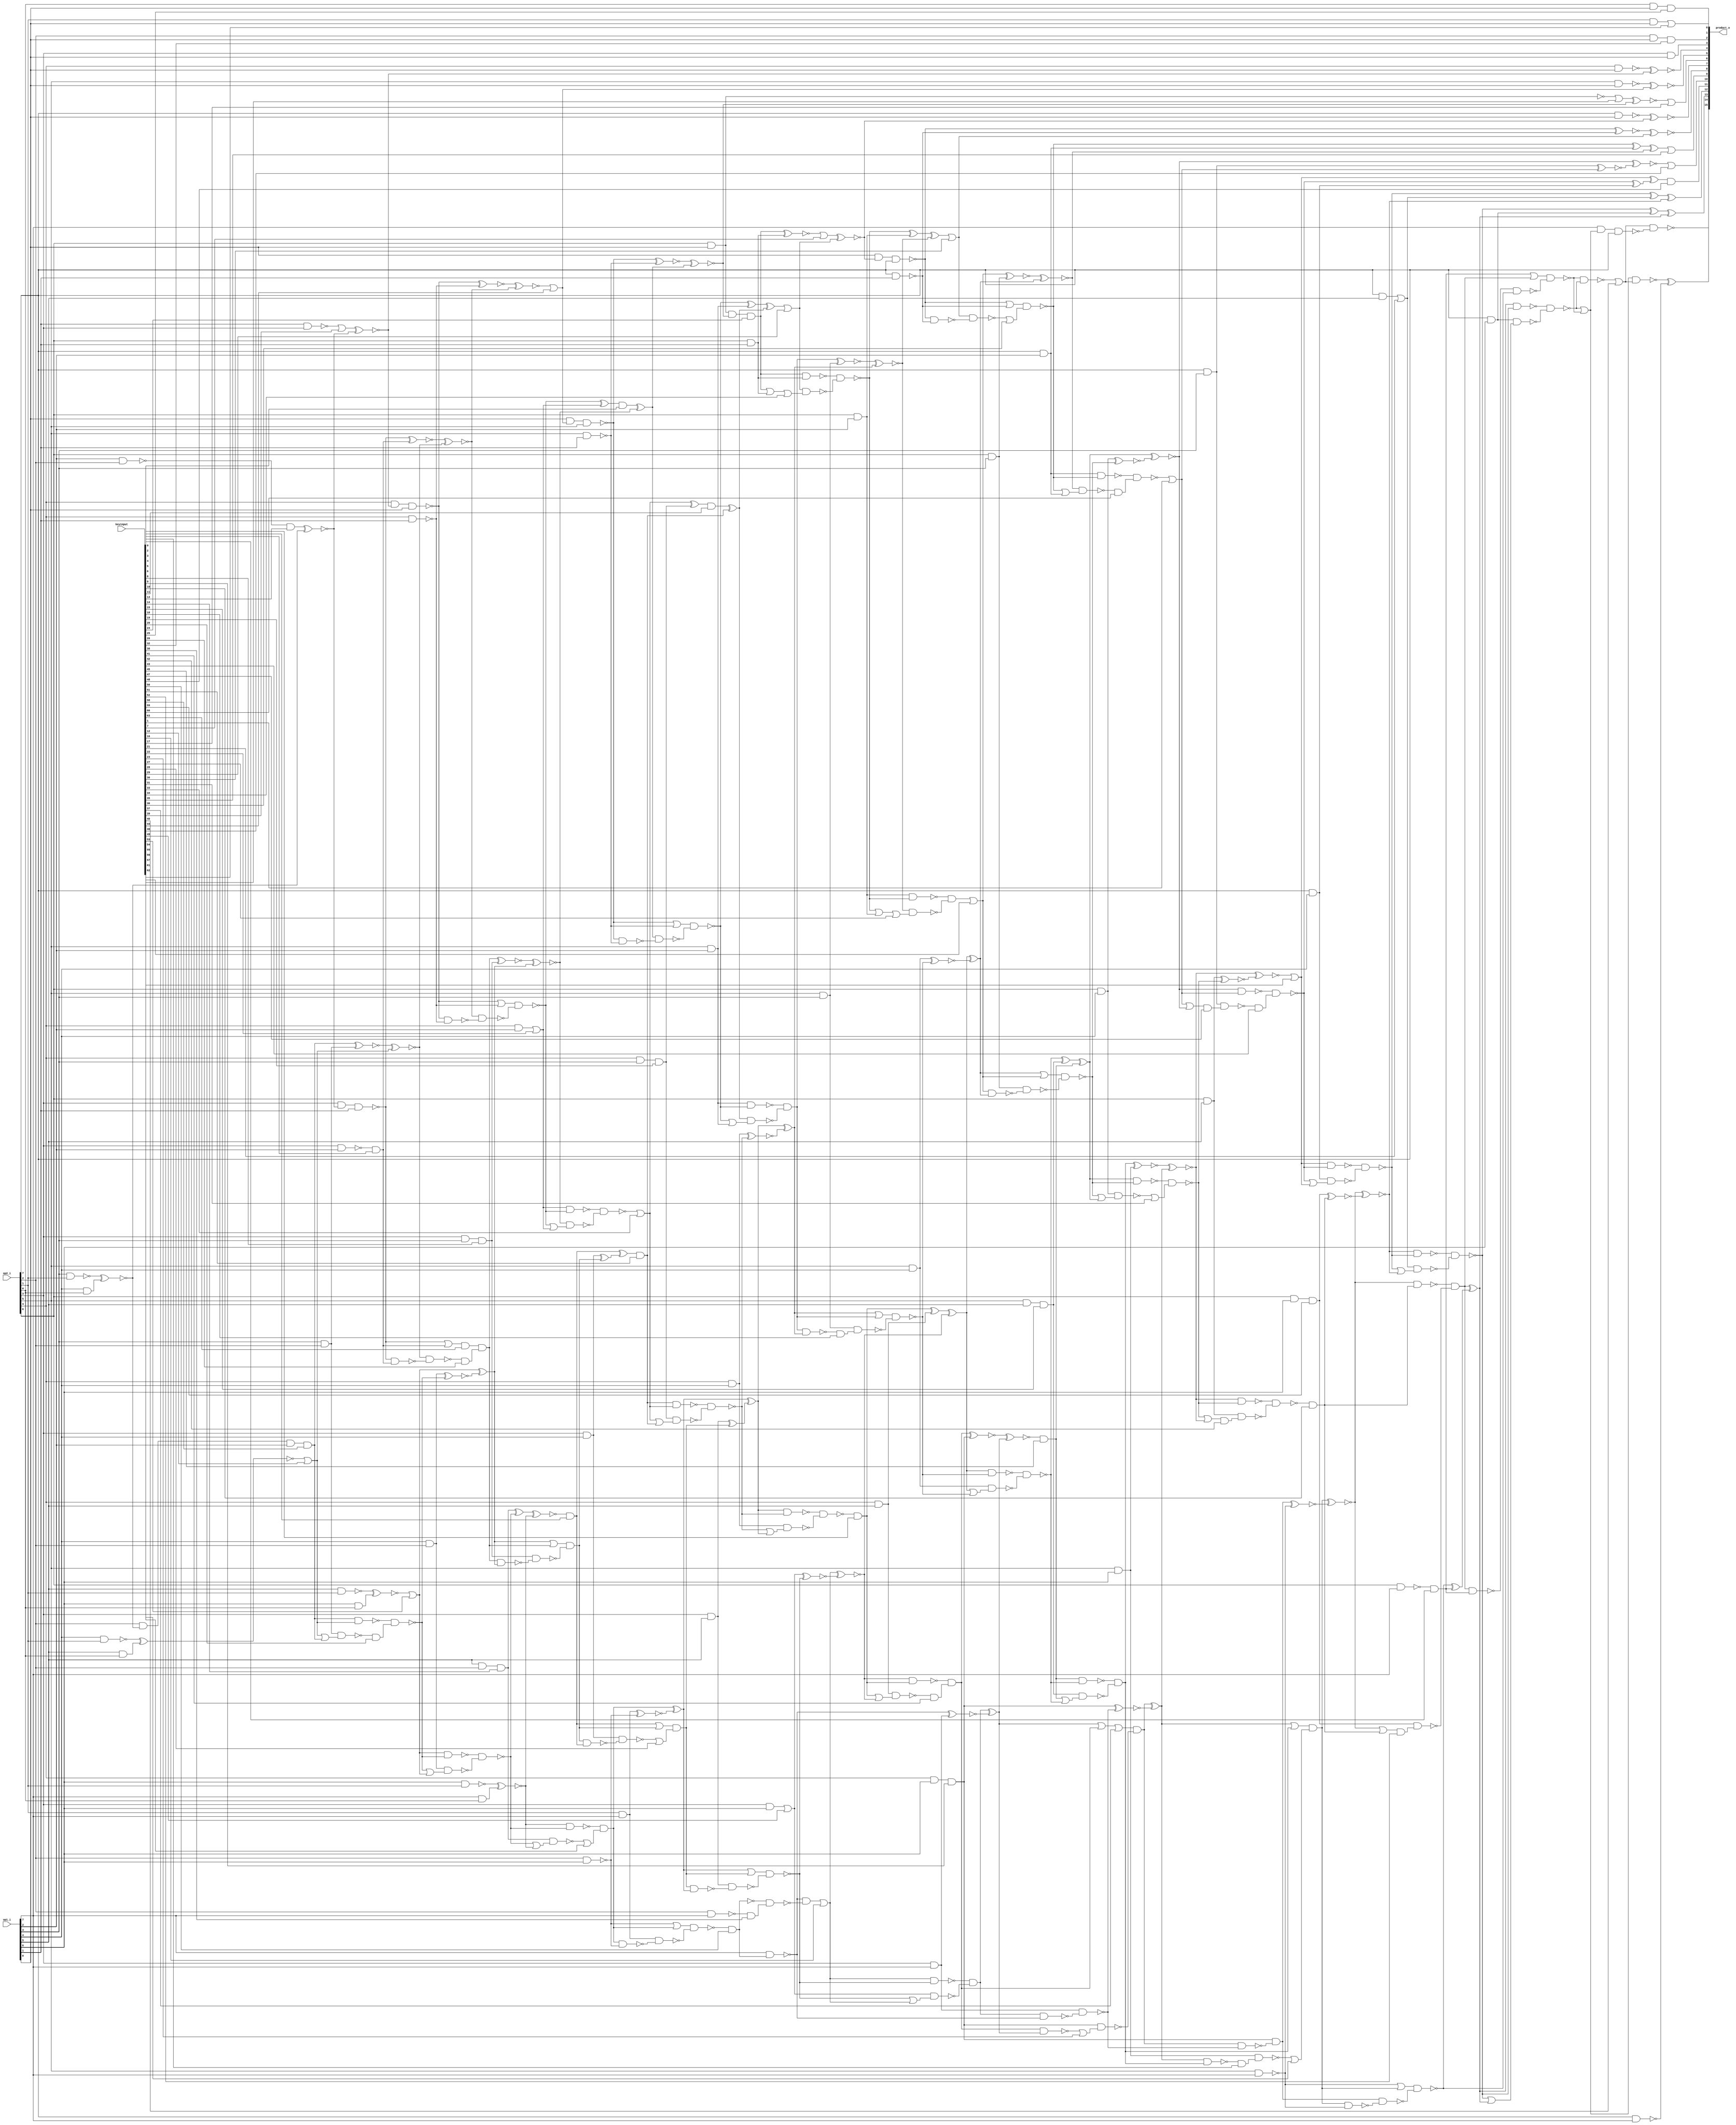
// Verilog File 
module broken_array_multiplier8_aor_enc64(op1_i,op2_i,keyinput,product_o);

input [7:0] op1_i,op2_i;
input [63:0] keyinput;

output [15:0] product_o;

wire n203, n204, xenc35, n205, n206, n222, n223, n238, n237, 
n230, n239, n229, xenc3, n236, n234, n258, n257, n256, xenc21, 
xenc54, n283, xenc48, n281, n279, n269, n298, n275, n325, n326, 
n208, n327, n328, n347, n348, n330, n349, n350, n355, n356, 
n319, n359, xenc45, n296, n301, n361, n307, n313, xenc15, xenc11, 
xenc51, xenc33, xenc19, n383, xenc0, n391, n352, n392, xenc22, n390, 
n398, n399, n341, n402, n373, xenc6, n370, xenc5, n442, n384, 
n443, n444, n409, n445, n406, n408, xenc53, n462, n429, xenc14, 
n468, n465, n417, n469, n224, n225, n219, n221, n357, n358, 
n400, n401, n463, n464, n297, n265, n276, n273, n333, n289, 
n293, n295, n466, n441, n455, xenc12, n436, xenc58, n458, n250, 
n259, xenc59, xenc10, n290, n282, n262, n264, n334, n335, xenc56, 
n321, n336, n291, xenc31, n294, n292, n260, n261, n251, xenc42, 
n263, n419, n420, n372, n421, n284, xenc43, xenc1, n286, xenc47, 
n285, n287, n277, n278, n280, n252, n253, n255, n374, n375, 
n376, n449, n450, n430, xenc8, n451, n377, n378, n342, n343, 
xenc18, n379, n246, n247, xenc52, n249, n232, n233, n235, xenc63, 
xenc26, n437, xenc2, n452, n454, n453, n422, n423, n424, n473, 
n474, n475, n476, xenc20, n478, n477, n308, n309, n311, n446, 
xenc28, n448, n447, n302, n299, xenc9, n270, n415, n418, n244, 
n266, n242, n245, n351, n214, n353, n354, xenc7, xenc29, n212, 
xenc24, n332, n329, n394, n395, n216, n396, n397, n435, xenc16, 
n403, xenc49, n366, n318, n340, n428, n360, n312, n306, n315, 
xenc60, n288, n317, n316, n404, n405, n407, n380, n381, n382, 
n337, n338, n320, xenc27, n339, n368, xenc41, n371, n369, n271, 
xenc62, xenc4, n272, n274, n387, n388, n389, n344, n345, xenc34, 
n346, n322, xenc36, n209, n210, xenc30, n324, n323, n300, n432, 
n433, n434, n268, n470, xenc57, n472, n471, n314, xenc46, n240, 
n241, n243, n226, n227, n228, n425, n426, n385, n427, n362, 
n363, n365, n413, n414, n412, n416, xenc37, n304, n303, xenc23, 
n305, n207, xenc40, n460, n457, n481, n482, n479, n480, n456, 
n220, n485, n486, xenc13, n440, n459, n483, n484, n461, xenc39, 
n218, n439, xenc44, n438, xenc50, n410, n367, n202, xenc38, n411, 
n431, n393, n364, n331, n386, n467, n267, n248, xenc55, xenc17, 
n213, n211, n310, n215, n231, n487, n254, xenc25, xenc61, xenc32;

xor g0(xenc35, n203, n204);
xor g1(n203, n205, n206);
xor g2(product_o[14], n222, n223);
xor g3(product_o[13], n238, n237);
xor g4(n237, n230, n239);
xor g5(n239, n229, xenc3);
xor g6(n238, n236, n234);
xor g7(product_o[12], n258, n257);
xor g8(n258, n256, xenc21);
xor g9(xenc48, xenc54, n283);
xor g10(n283, n281, n279);
xor g11(n275, n269, n298);
xor g12(n208, n325, n326);
xor g13(n325, n327, n328);
xor g14(n330, n347, n348);
xor g15(n347, n349, n350);
xor g16(n319, n355, n356);
xor g17(n296, n359, xenc45);
xor g18(n307, n301, n361);
xor g19(n359, n313, xenc15);
xor g20(n348, xenc11, xenc51);
xor g21(n383, xenc33, xenc19);
xor g22(n352, xenc0, n391);
xor g23(n390, n392, xenc22);
xor g24(n341, n398, n399);
xor g25(n355, n402, n373);
xor g26(n402, xenc6, n370);
xor g27(n384, xenc5, n442);
xor g28(n442, n443, n444);
xor g29(n398, n409, n445);
xor g30(n445, n406, n408);
xor g31(n429, xenc53, n462);
xor g32(n465, xenc14, n468);
xor g33(n409, n417, n469);
nand g34(n219, n224, n225);
or g35(n221, n225, n224);
xnor g36(n356, n357, n358);
xnor g37(n399, n400, n401);
xnor g38(n462, n463, n464);
xnor g39(n265, n297, n275);
xnor g40(n297, n276, n273);
xnor g41(n289, n296, n333);
xnor g42(n333, n293, n295);
xnor g43(n441, n465, n466);
xnor g44(n436, n455, xenc12);
xnor g45(n455, xenc58, n458);
xnor g46(n257, n250, n259);
xnor g47(n259, xenc59, xenc10);
xnor g48(n282, n265, n290);
xnor g49(n290, n262, n264);
nand g50(n295, n334, n335);
or g51(n334, n319, xenc56);
nand g52(n335, n321, n336);
nand g53(n336, xenc56, n319);
nand g54(n264, n291, xenc31);
nand g55(n291, n296, n295);
nand g56(n292, n293, n294);
or g57(n294, n295, n296);
nand g58(n251, n260, n261);
nand g59(n260, n265, n264);
nand g60(n261, n262, xenc42);
or g61(n263, n264, n265);
nand g62(n372, n419, n420);
nand g63(n419, n398, n401);
nand g64(n420, n400, n421);
or g65(n421, n401, n398);
nand g66(n281, n284, xenc43);
nand g67(n284, n289, xenc1);
nand g68(n285, n286, xenc47);
or g69(n287, xenc1, n289);
nand g70(n256, n277, n278);
nand g71(n277, xenc54, n281);
nand g72(n278, n279, n280);
or g73(n280, n281, xenc54);
nand g74(n236, n252, n253);
nand g75(n252, n257, n256);
nand g76(n253, xenc21, n255);
or g77(n255, n256, n257);
nand g78(n313, n374, n375);
nand g79(n374, n355, n358);
nand g80(n375, n357, n376);
or g81(n376, n355, n358);
and g82(n444, n449, n450);
or g83(n449, n429, n430);
nand g84(n450, xenc8, n451);
nand g85(n451, n430, n429);
nand g86(n358, n377, n378);
or g87(n377, n341, n342);
nand g88(n378, n343, xenc18);
nand g89(n379, n342, n341);
and g90(n230, n246, n247);
nand g91(n246, n250, xenc10);
nand g92(n247, xenc59, xenc52);
or g93(n249, n250, xenc10);
nand g94(n225, n232, n233);
nand g95(n232, n237, n236);
nand g96(n233, n234, n235);
or g97(n235, n236, n237);
and g98(n430, xenc63, xenc26);
or g99(n452, n437, xenc2);
nand g100(n453, n436, n454);
nand g101(n454, n437, xenc2);
nand g102(n401, n422, n423);
nand g103(n422, xenc51, xenc33);
nand g104(n423, xenc19, n424);
or g105(n424, xenc33, xenc51);
nand g106(n468, n473, n474);
nand g107(n473, xenc53, n464);
nand g108(n474, n463, n475);
or g109(n475, n464, xenc53);
nand g110(n464, n476, xenc20);
nand g111(n476, xenc58, xenc12);
nand g112(n477, n458, n478);
or g113(n478, xenc12, xenc58);
and g114(n276, n308, n309);
nand g115(n308, xenc45, n313);
nand g116(n309, xenc15, n311);
or g117(n311, xenc45, n313);
and g118(n408, n446, xenc28);
or g119(n446, xenc5, n444);
nand g120(n447, n443, n448);
nand g121(n448, n444, xenc5);
xnor g122(n361, n302, n299);
xnor g123(n298, xenc9, n270);
xnor g124(n469, n415, n418);
xnor g125(n250, n244, n266);
xnor g126(n266, n242, n245);
xnor g127(n214, n351, n352);
xnor g128(n351, n353, n354);
xnor g129(n212, xenc7, xenc29);
xnor g130(n329, xenc24, n332);
xnor g131(n216, n394, n395);
xnor g132(n394, n396, n397);
xnor g133(n395, n435, n436);
xnor g134(n435, n437, xenc2);
xnor g135(n373, xenc16, n403);
xnor g136(n403, xenc49, n366);
xnor g137(n204, n318, n319);
xnor g138(n318, xenc56, n321);
xnor g139(n326, n340, n341);
xnor g140(n340, n342, n343);
xnor g141(n391, n428, n429);
xnor g142(n428, n430, xenc8);
xnor g143(n312, n360, n307);
xnor g144(n360, n306, xenc9);
nand g145(n288, n315, xenc60);
nand g146(n315, n206, n205);
nand g147(n316, n204, n317);
or g148(n317, n205, n206);
nand g149(n366, n404, n405);
or g150(n404, n409, n408);
nand g151(n405, n406, n407);
nand g152(n407, n408, n409);
and g153(n342, n380, n381);
nand g154(n380, n350, n349);
nand g155(n381, n348, n382);
or g156(n382, n349, n350);
and g157(n320, n337, n338);
nand g158(n337, n328, n327);
nand g159(n338, n326, xenc27);
or g160(n339, n327, n328);
and g161(n306, n368, xenc41);
nand g162(n368, n373, xenc6);
nand g163(n369, n370, n371);
or g164(n371, xenc6, n373);
and g165(n244, n271, xenc62);
or g166(n271, n275, n276);
nand g167(n272, n273, xenc4);
nand g168(n274, n275, n276);
nand g169(n349, n387, n388);
or g170(n387, n353, n354);
nand g171(n388, n352, n389);
nand g172(n389, n353, n354);
nand g173(n327, n344, n345);
nand g174(n344, xenc24, n332);
nand g175(n345, xenc29, xenc34);
or g176(n346, xenc24, n332);
nand g177(n205, n322, xenc36);
or g178(n322, n209, n210);
nand g179(n323, xenc30, n324);
nand g180(n324, n209, n210);
nand g181(n270, n299, n300);
nand g182(n300, n301, n302);
nand g183(n392, n432, n433);
or g184(n432, n396, n397);
nand g185(n433, n395, n434);
nand g186(n434, n396, n397);
and g187(n242, xenc9, n268);
nand g188(n268, n269, n270);
and g189(n417, n470, xenc57);
nand g190(n470, n466, n468);
nand g191(n471, xenc14, n472);
or g192(n472, n468, n466);
xnor g193(xenc46, n289, n314);
xnor g194(n314, n286, xenc1);
nand g195(n229, n240, n241);
or g196(n240, n245, n244);
nand g197(n241, n242, n243);
nand g198(n243, n244, n245);
nand g199(n224, n226, n227);
or g200(n226, xenc3, n230);
nand g201(n227, n228, n229);
nand g202(n228, n230, xenc3);
nand g203(n385, n425, n426);
nand g204(n425, xenc22, n392);
nand g205(n426, n391, n427);
or g206(n427, n392, xenc22);
and g207(n301, n362, n363);
nand g208(n362, xenc16, n366);
nand g209(n363, xenc49, n365);
or g210(n365, n366, xenc16);
nand g211(n412, n413, n414);
or g212(n413, n418, n417);
nand g213(n414, n415, n416);
nand g214(n416, n417, n418);
and g215(n269, xenc37, n304);
or g216(n303, n307, n306);
nand g217(n304, xenc9, xenc23);
nand g218(n305, n306, n307);
xnor g219(product_o[8], n207, xenc30);
xnor g220(n207, n209, n210);
nand g221(n223, op2_i[7], op1_i[7]);
nand g222(n222, n221, xenc40);
and g223(n457, op2_i[2], n460, op1_i[2]);
xnor g224(n460, n481, n482);
nand g225(n481, op1_i[3], op2_i[1]);
and g226(n482, op1_i[4], op2_i[0]);
xnor g227(n456, n479, n480);
nand g228(n479, op1_i[4], op2_i[1]);
and g229(n480, op1_i[5], op2_i[0]);
nand g230(product_o[15], xenc40, n220);
nand g231(n220, op1_i[7], n221, op2_i[7]);
xnor g232(n466, n485, n486);
nand g233(n485, op1_i[6], op2_i[1]);
and g234(n486, op1_i[7], op2_i[0]);
xnor g235(n440, xenc13, n460);
nand g236(n459, op1_i[2], op2_i[2]);
xnor g237(n461, n483, n484);
nand g238(n483, op1_i[5], op2_i[1]);
and g239(n484, op1_i[6], op2_i[0]);
xnor g240(n218, xenc39, n440);
nand g241(n439, op1_i[1], op2_i[3]);
nand g242(n209, op1_i[0], n212, op2_i[7]);
nand g243(n353, op1_i[0], xenc44, op2_i[5]);
nand g244(n437, op2_i[3], n440, op1_i[1]);
nand g245(n396, op2_i[4], n218, op1_i[0]);
nand g246(n418, op2_i[2], op1_i[6]);
nand g247(n438, op2_i[3], op1_i[2]);
nand g248(n397, op2_i[4], op1_i[1]);
nand g249(n354, op2_i[5], op1_i[1]);
nand g250(n302, op1_i[7], xenc50);
and g251(n367, n302, n410);
nand g252(n410, n202, xenc38);
nand g253(n411, op2_i[2], op1_i[7]);
not g254(n202, xenc50);
and g255(n458, op1_i[3], op2_i[2]);
and g256(n431, op2_i[3], op1_i[3]);
and g257(n393, op2_i[4], op1_i[2]);
and g258(n350, op2_i[5], op1_i[2]);
and g259(n463, op1_i[4], op2_i[2]);
and g260(n415, op2_i[1], op1_i[7]);
and g261(n400, op2_i[4], op1_i[4]);
and g262(n364, op2_i[3], op1_i[6]);
and g263(n331, op2_i[6], op1_i[0], n214);
and g264(n386, op2_i[4], op1_i[3]);
and g265(n467, op1_i[5], op2_i[2]);
and g266(n443, op2_i[3], op1_i[4]);
and g267(n406, op2_i[3], op1_i[5]);
and g268(n267, op2_i[4], op1_i[6]);
nand g269(n245, op2_i[5], op1_i[7]);
nand g270(n210, op2_i[7], op1_i[1]);
and g271(n332, op2_i[6], op1_i[1]);
and g272(n343, op2_i[5], op1_i[3]);
and g273(n299, op2_i[3], op1_i[7]);
and g274(n321, op2_i[6], op1_i[3]);
and g275(n273, op2_i[5], op1_i[6]);
and g276(n328, op2_i[6], op1_i[2]);
and g277(n206, op2_i[7], op1_i[2]);
and g278(n357, op2_i[5], op1_i[4]);
and g279(n293, op2_i[6], op1_i[4]);
and g280(n286, op2_i[7], op1_i[3]);
and g281(n262, op2_i[6], op1_i[5]);
and g282(n248, op2_i[6], op1_i[6]);
xnor g283(xenc17, xenc55, n214);
nand g284(n213, op2_i[6], op1_i[0]);
xnor g285(product_o[7], n211, n212);
nand g286(n211, op2_i[7], op1_i[0]);
and g287(n370, op2_i[4], op1_i[5]);
and g288(n310, op2_i[5], op1_i[5]);
xnor g289(product_o[5], n215, xenc44);
nand g290(n215, op2_i[5], op1_i[0]);
nand g291(n231, op2_i[6], op1_i[7]);
xnor g292(product_o[4], n487, n218);
nand g293(n487, op2_i[4], op1_i[0]);
and g294(n279, op2_i[7], op1_i[4]);
and g295(n254, op2_i[7], op1_i[5]);
and g296(n234, op2_i[7], op1_i[6]);
and g297(xenc25, op2_i[0], op1_i[0]);
and g298(xenc61, op2_i[1], op1_i[0]);
and g299(xenc32, op2_i[2], op1_i[0]);
and g300(product_o[3], op2_i[3], op1_i[0]);
and g301(xenc0, n390, keyinput[0]);
or g302(xenc1, n288, keyinput[1]);
and g303(xenc2, n438, keyinput[2]);
and g304(xenc3, n231, keyinput[3]);
and g305(xenc4, n274, keyinput[4]);
and g306(xenc5, n441, keyinput[5]);
and g307(xenc6, n372, keyinput[6]);
or g308(xenc7, n329, keyinput[7]);
and g309(xenc8, n431, keyinput[8]);
and g310(xenc9, n267, keyinput[9]);
and g311(xenc10, n251, keyinput[10]);
and g312(xenc11, n383, keyinput[11]);
or g313(xenc12, n456, keyinput[12]);
and g314(xenc13, n459, keyinput[13]);
and g315(xenc14, n467, keyinput[14]);
and g316(xenc15, n310, keyinput[15]);
or g317(xenc16, n367, keyinput[16]);
or g318(product_o[6], xenc17, keyinput[17]);
and g319(xenc18, n379, keyinput[18]);
and g320(xenc19, n386, keyinput[19]);
and g321(xenc20, n477, keyinput[20]);
or g322(xenc21, n254, keyinput[21]);
or g323(xenc22, n393, keyinput[22]);
or g324(xenc23, n305, keyinput[23]);
and g325(xenc24, n331, keyinput[24]);
and g326(product_o[0], xenc25, keyinput[25]);
and g327(xenc26, n453, keyinput[26]);
or g328(xenc27, n339, keyinput[27]);
or g329(xenc28, n447, keyinput[28]);
or g330(xenc29, n330, keyinput[29]);
or g331(xenc30, n208, keyinput[30]);
or g332(xenc31, n292, keyinput[31]);
and g333(product_o[2], xenc32, keyinput[32]);
or g334(xenc33, n385, keyinput[33]);
or g335(xenc34, n346, keyinput[34]);
or g336(product_o[9], xenc35, keyinput[35]);
or g337(xenc36, n323, keyinput[36]);
or g338(xenc37, n303, keyinput[37]);
and g339(xenc38, n411, keyinput[38]);
or g340(xenc39, n439, keyinput[39]);
or g341(xenc40, n219, keyinput[40]);
and g342(xenc41, n369, keyinput[41]);
and g343(xenc42, n263, keyinput[42]);
and g344(xenc43, n285, keyinput[43]);
or g345(xenc44, n216, keyinput[44]);
and g346(xenc45, n312, keyinput[45]);
or g347(product_o[10], xenc46, keyinput[46]);
and g348(xenc47, n287, keyinput[47]);
and g349(product_o[11], xenc48, keyinput[48]);
or g350(xenc49, n364, keyinput[49]);
and g351(xenc50, n412, keyinput[50]);
and g352(xenc51, n384, keyinput[51]);
and g353(xenc52, n249, keyinput[52]);
or g354(xenc53, n461, keyinput[53]);
or g355(xenc54, n282, keyinput[54]);
or g356(xenc55, n213, keyinput[55]);
or g357(xenc56, n320, keyinput[56]);
or g358(xenc57, n471, keyinput[57]);
and g359(xenc58, n457, keyinput[58]);
and g360(xenc59, n248, keyinput[59]);
and g361(xenc60, n316, keyinput[60]);
or g362(product_o[1], xenc61, keyinput[61]);
or g363(xenc62, n272, keyinput[62]);
and g364(xenc63, n452, keyinput[63]);
endmodule